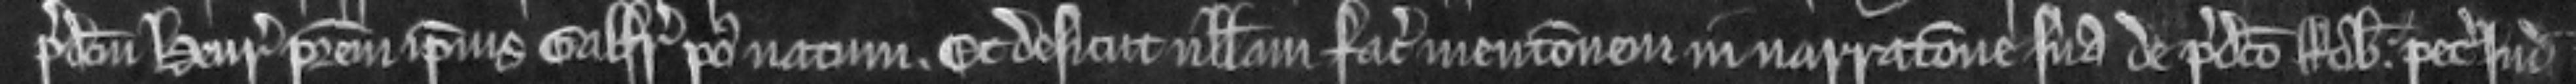
predictum Henricum patrem ipsius Galfridi postnatum. Et desicut nullam facit mencionem in narracione sua de predicto Roberto. petit judicium.